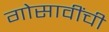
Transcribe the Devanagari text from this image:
गोसावींची